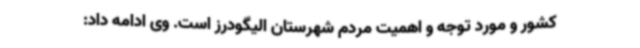
کشور و مورد توجه و اهمیت مردم شهرستان الیگودرز است. وی ادامه داد: